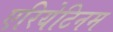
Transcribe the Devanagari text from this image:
एरियेटिनम